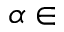
\alpha \in